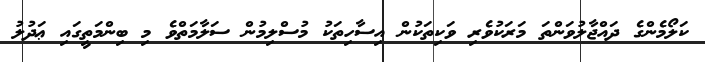
ކަލޯމެންގެ ދައްޖާލުވަންތަ މަރަކުވެރި ވަކިތަކުން އިސާހިތަކު މުސްލިމުން ސަލާމަތްވެ މި ބިންމަތީގައި ޢަދުލު